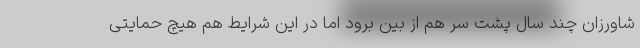
شاورزان چند سال پشت سر هم از بین برود اما در این شرایط هم هیچ حمایتی